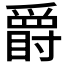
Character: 𱭇